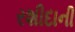
રશીદાની